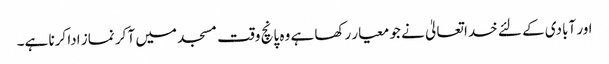
اور آبادی کے لئے خدا تعالیٰ نے جو معیار رکھا ہے وہ پانچ وقت مسجد میں آ کر نماز ادا کرنا ہے۔